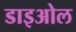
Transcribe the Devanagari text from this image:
डाइओल